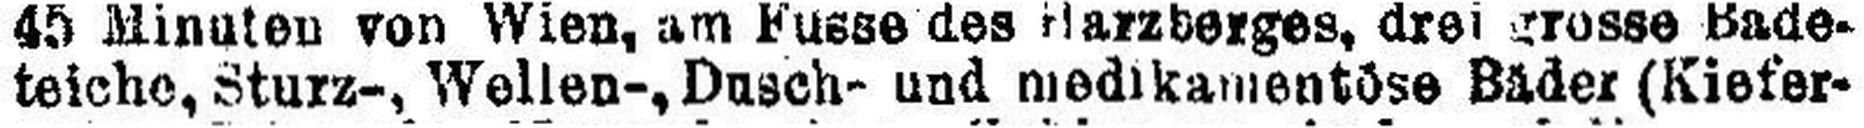
teiche, Sturz-, Wellen-, Dusch- und medikamentöse Bäder (Kiefer¬